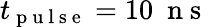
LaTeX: t_{\mathrm{~p~u~l~s~e~}}=10~\mathrm{~n~s~}